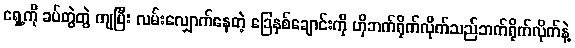
ရှေ့ကို ခပ်တွဲတွဲ ကျပြီး လမ်းလျှောက်နေတဲ့ ခြေနှစ်ချောင်းကို ဟိုဘက်ရိုက်လိုက်သည်ဘက်ရိုက်လိုက်နဲ့